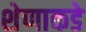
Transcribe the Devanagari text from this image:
शेणाकडे